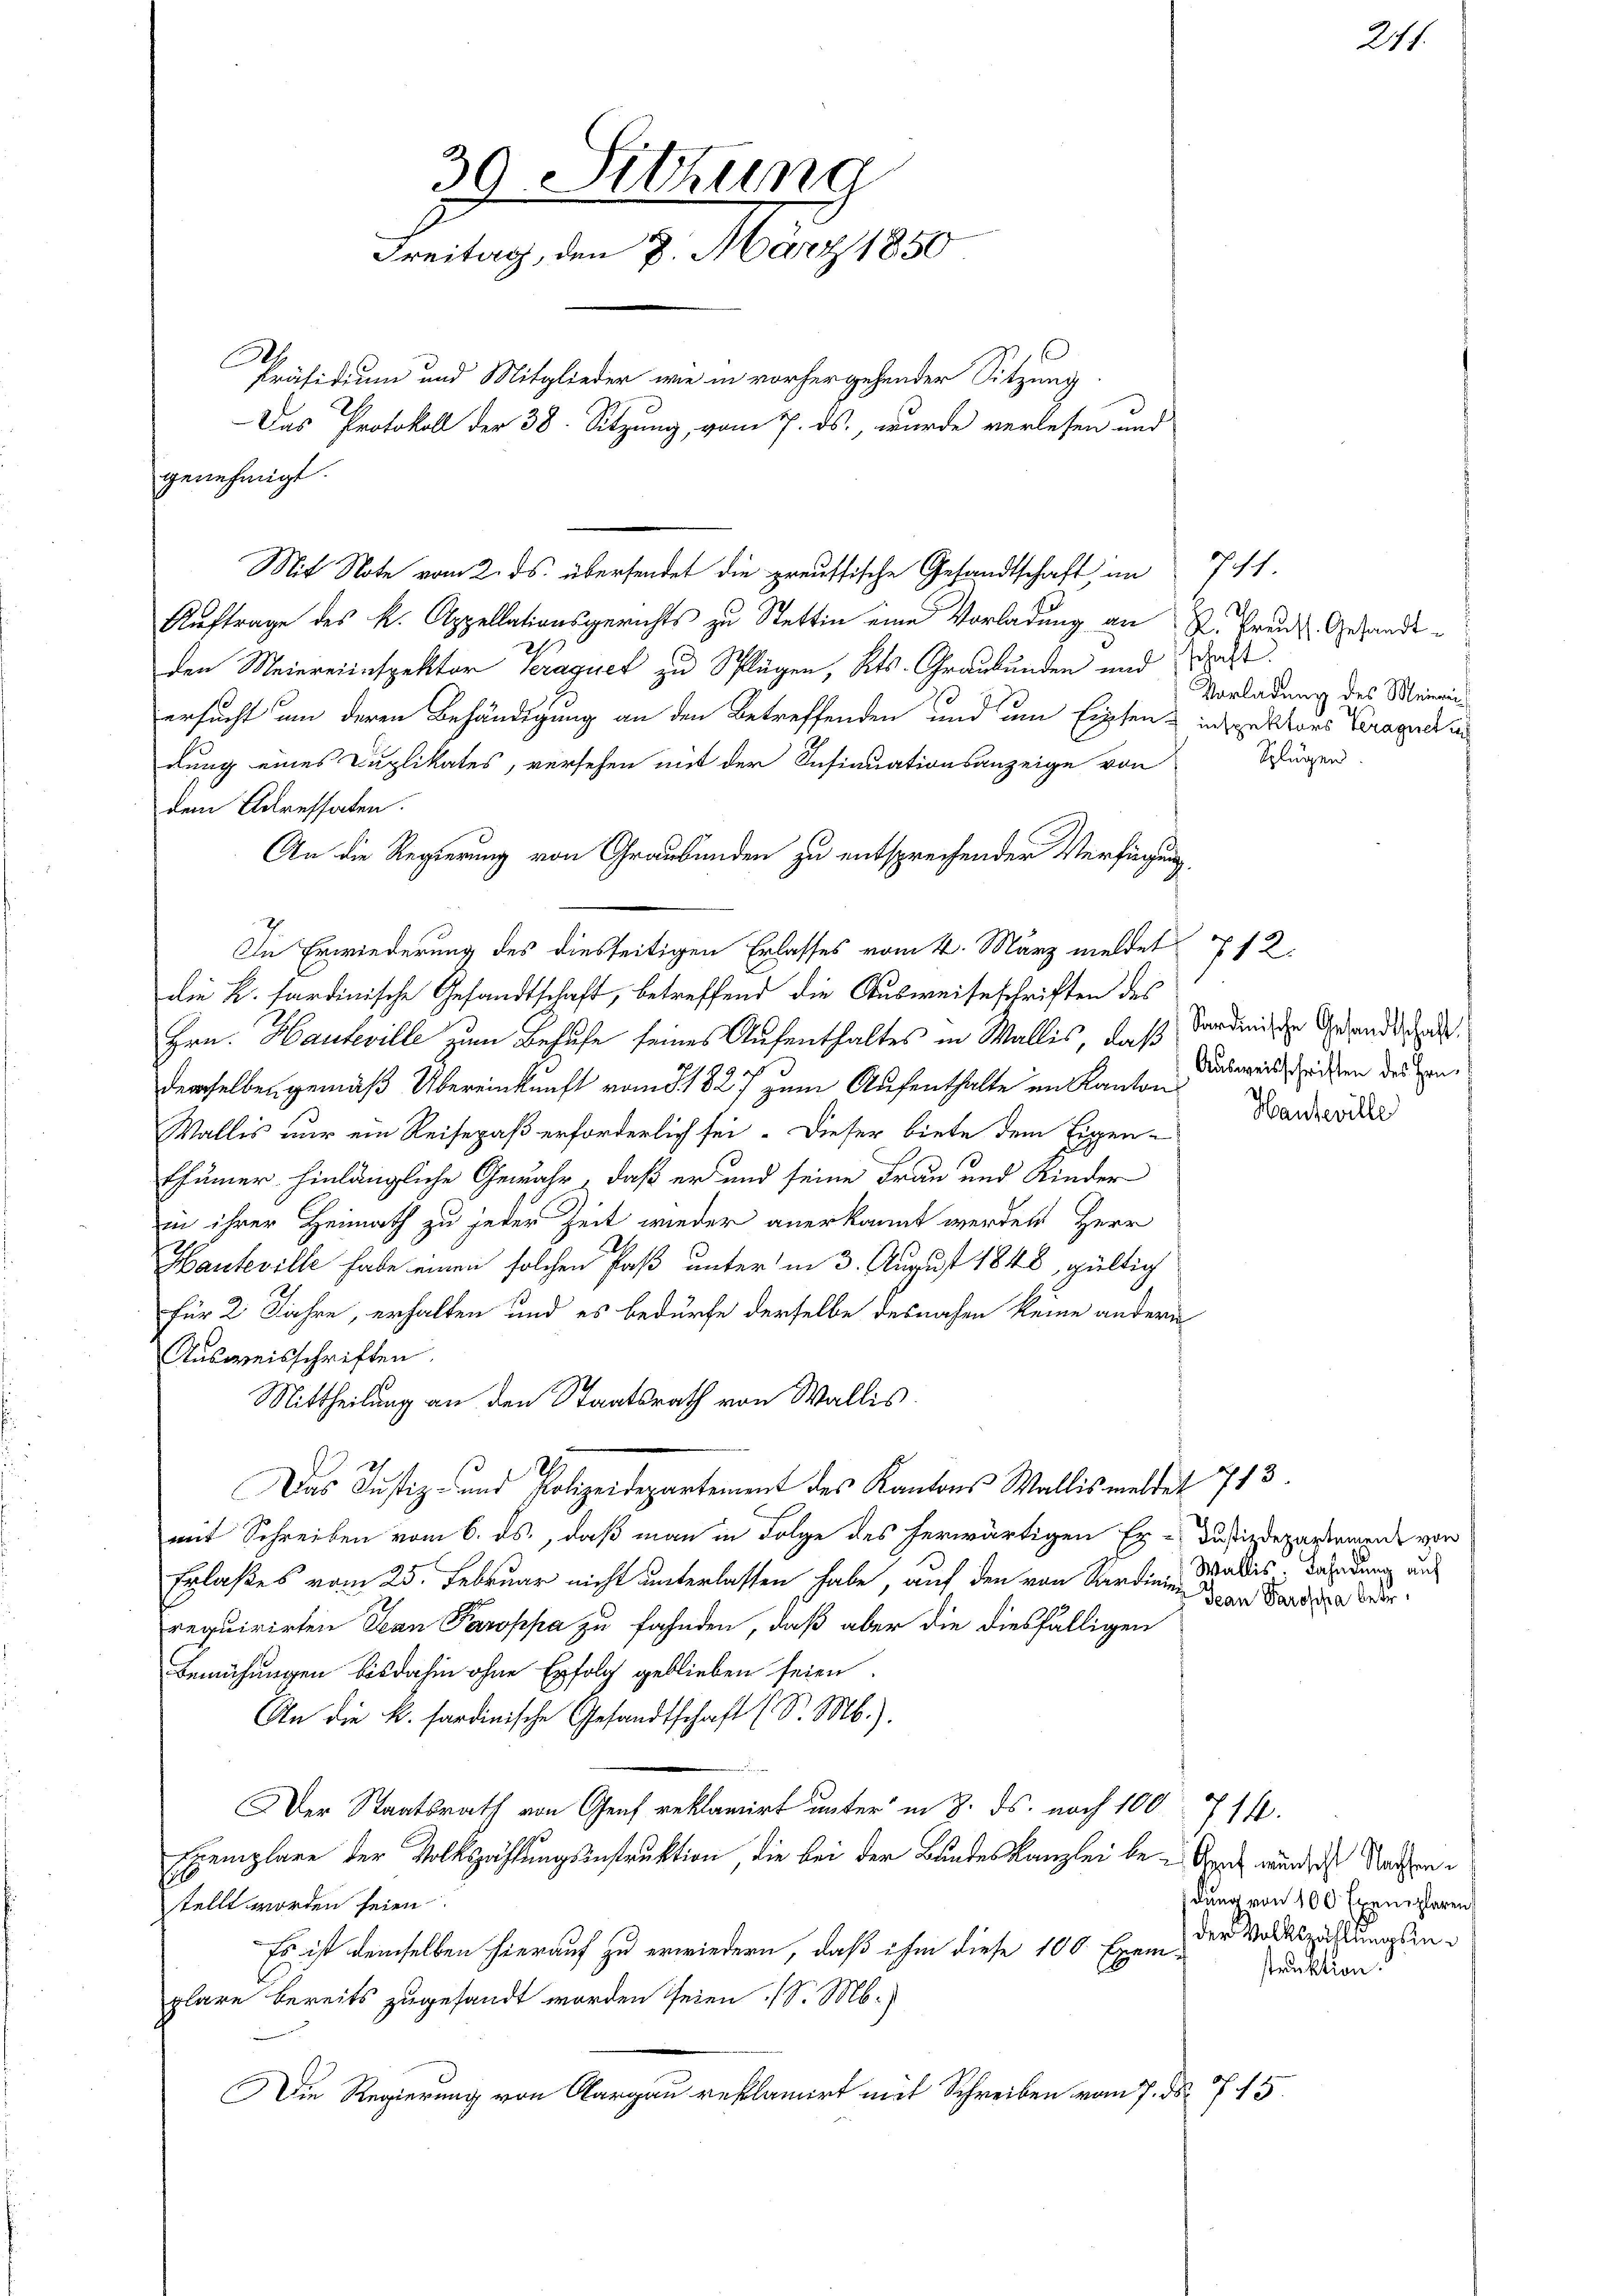
genehmigt.

30 Sitzung
Freitag, den 7. März 1850
E
Präsidium und Mitglieder wie in vorhergehender Sitzung
Das Protokoll der 38. Sitzung, vom 7. ds., wurde verlesen und

Mit Note vom 2. ds. übersendet die preussische Gesandtschaft im 711.
Auftrage des k. Appellationsgerichts zu Stettin eine Vorladung an R. Braut Gesandt¬
2.
den Meiereinspektor Kraquet zu Splügen, Kts. Graubünden und das
ersucht um deren Behändigung an den Betreffenden und um Eigen & in spektors Teragnerin
dung eines Duplikates, versehen mit der Insinuationsanzeige von
dem Adressaten.
An die Regierung von Graubünden zu entsprechender Verfügung
In Erwiederung des diesseitigen Erlasses vom 4. März meldet 712.
die K. sardinische Gesandtschaft, betreffend die Ausweiseschriften des
Hrn. Hauteville zum Behufe seines Aufenthaltes in Walles, daß Sardinische Gesandtag
2
derselben gemäß Übereinkunft vom 5. 1827 zum Aufenthalte im Kanton
Wallis nur ein Reisepaß erforderlich sei. Dieser biete dem Eigen-
thümer hinlängliche Gewähr, daß er und seine Frau und Kinder
in ihrer Heimath zu jeder Zeit wieder anerkannt werden Herr
Hauteville habe einen solchen Paß unter in 3. August 1848, gültig
für 2 Jahre, erhalten und es bedürfe derselbe desnahen keine andern
Ausweisschriften.
Mittheilung an den Staatsrath von Wallis.
Das Justiz- und Polizeidepartement des Kantons Wallis meldet 713.
mit Schreiben vom 6. ds., daß man in Folge des herwärtigen Er- Du siedepartamen von
Erlaßes vom 25. Februar nicht unterlassen habe, auf den von Verdien, Waadis. Dahndung aus
requirirten Jean Paroppa zu fahnden, daß aber die diesfälligen
Bemühungen bis dahin ohne Erfolg geblieben seien.
An die k. Sardinische Gesandtschaft (S. M.).
Der Staatsrath von Genf reklamirt unter in 8. ds. noch 100 714.
Exemplare der Volkszählungsinstruktion, die bei der Bundeskanzlei be- Reich würdes Nachenstellt worden seien.
Es ist demselben hierauf zu erwiedern, daß ihm diese 100 Exem-
plare bereits zugesandt worden seien (S. M.
Die Regierung von Aargau reklamirt mit Schreiben vom 7. ds. 715.

Vorladung des Meinerein¬
Splügen

Ausweisschriften des Han¬
Hanteville

Jean Parosiha betr.

dung von 100 Exemplaren
der Volkszählungsinstruktion.

211.